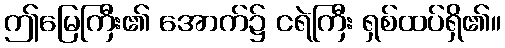
ဤမြေကြီး၏ အောက်၌ ငရဲကြီး ရှစ်ထပ်ရှိ၏။